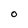
Character: O